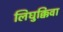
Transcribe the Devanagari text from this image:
लिघुक्किंवा